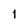
Character: 1